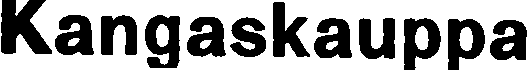
Kangaskauppa